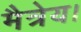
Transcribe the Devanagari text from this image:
मैत्रेय।